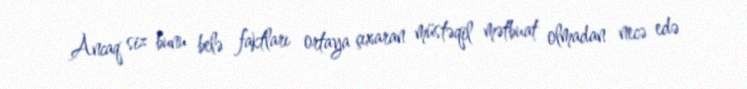
Ancaq siz bunu belə faktları ortaya çıxaran müstəqil mətbuat olmadan necə edə